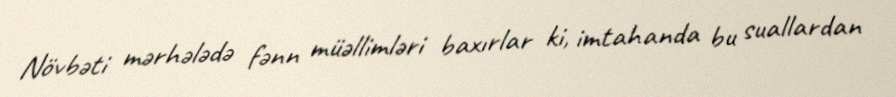
Növbəti mərhələdə fənn müəllimləri baxırlar ki, imtahanda bu suallardan